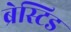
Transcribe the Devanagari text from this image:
ब्रेस्टिड